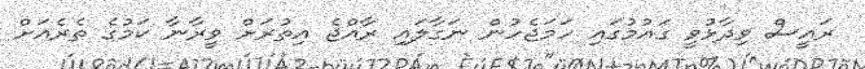
ރައީސް ވިދާޅުވީ ގައުމުގައި ހަމަޖެހުން ނަގާލައި ރާއްޖެ އިތުރަށް ވީރާނާ ކަމުގެ ތެރެއަށް